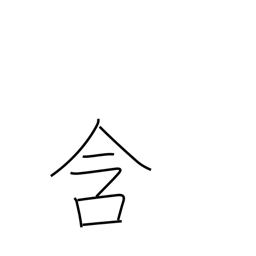
Meaning: cherish